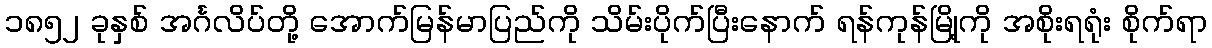
၁၈၅၂ ခုနှစ် အင်္ဂလိပ်တို့ အောက်မြန်မာပြည်ကို သိမ်းပိုက်ပြီးနောက် ရန်ကုန်မြို့ကို အစိုးရရုံး စိုက်ရာ